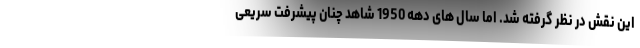
این نقش در نظر گرفته شد. اما سال های دهه 1950 شاهد چنان پیشرفت سریعی